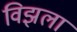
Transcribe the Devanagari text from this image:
विझला